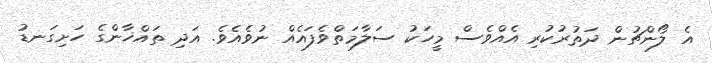
އެ ލޯންޗުން ދަތުރުކުރި އެއްވެސް މީހަކު ސަލާމަތްވެފައެއް ނުވެއެވެ. އަދި ތައްޚާންގެ ހަށިގަނޑު